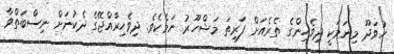
ހުވަދޫ މިނަމަކީ ދިވެހިންގެ ތެރެއަށް ފަރިތަ މަޝްހޫރު ނަމެކެވެ. ދިވެހިރާއްޖޭގެ ދެކުނަށް ނިސްބަތްވާ